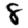
Digit: 8